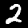
Label: 2